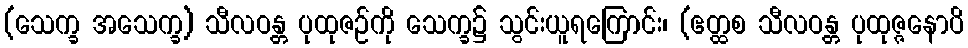
(သေက္ခ အသေက္ခ) သီလဝန္တ ပုထုဇဉ်ကို သေက္ခ၌ သွင်းယူရကြောင်း၊ (ဧတ္ထစ သီလဝန္တ ပုထုဇ္ဇနောပိ